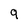
Character: 9